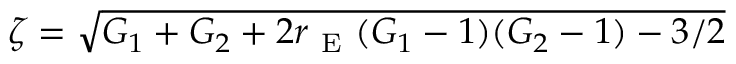
\zeta = \sqrt { G _ { 1 } + G _ { 2 } + 2 r _ { \mathrm { ~ E ~ } } ( G _ { 1 } - 1 ) ( G _ { 2 } - 1 ) - 3 / 2 }